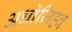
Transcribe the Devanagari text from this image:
अधोजिह्व